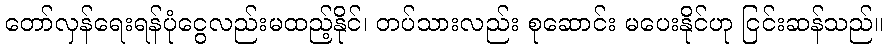
တော်လှန်ရေးရန်ပုံငွေလည်းမထည့်နိုင်၊ တပ်သားလည်း စုဆောင်း မပေးနိုင်ဟု ငြင်းဆန်သည်။